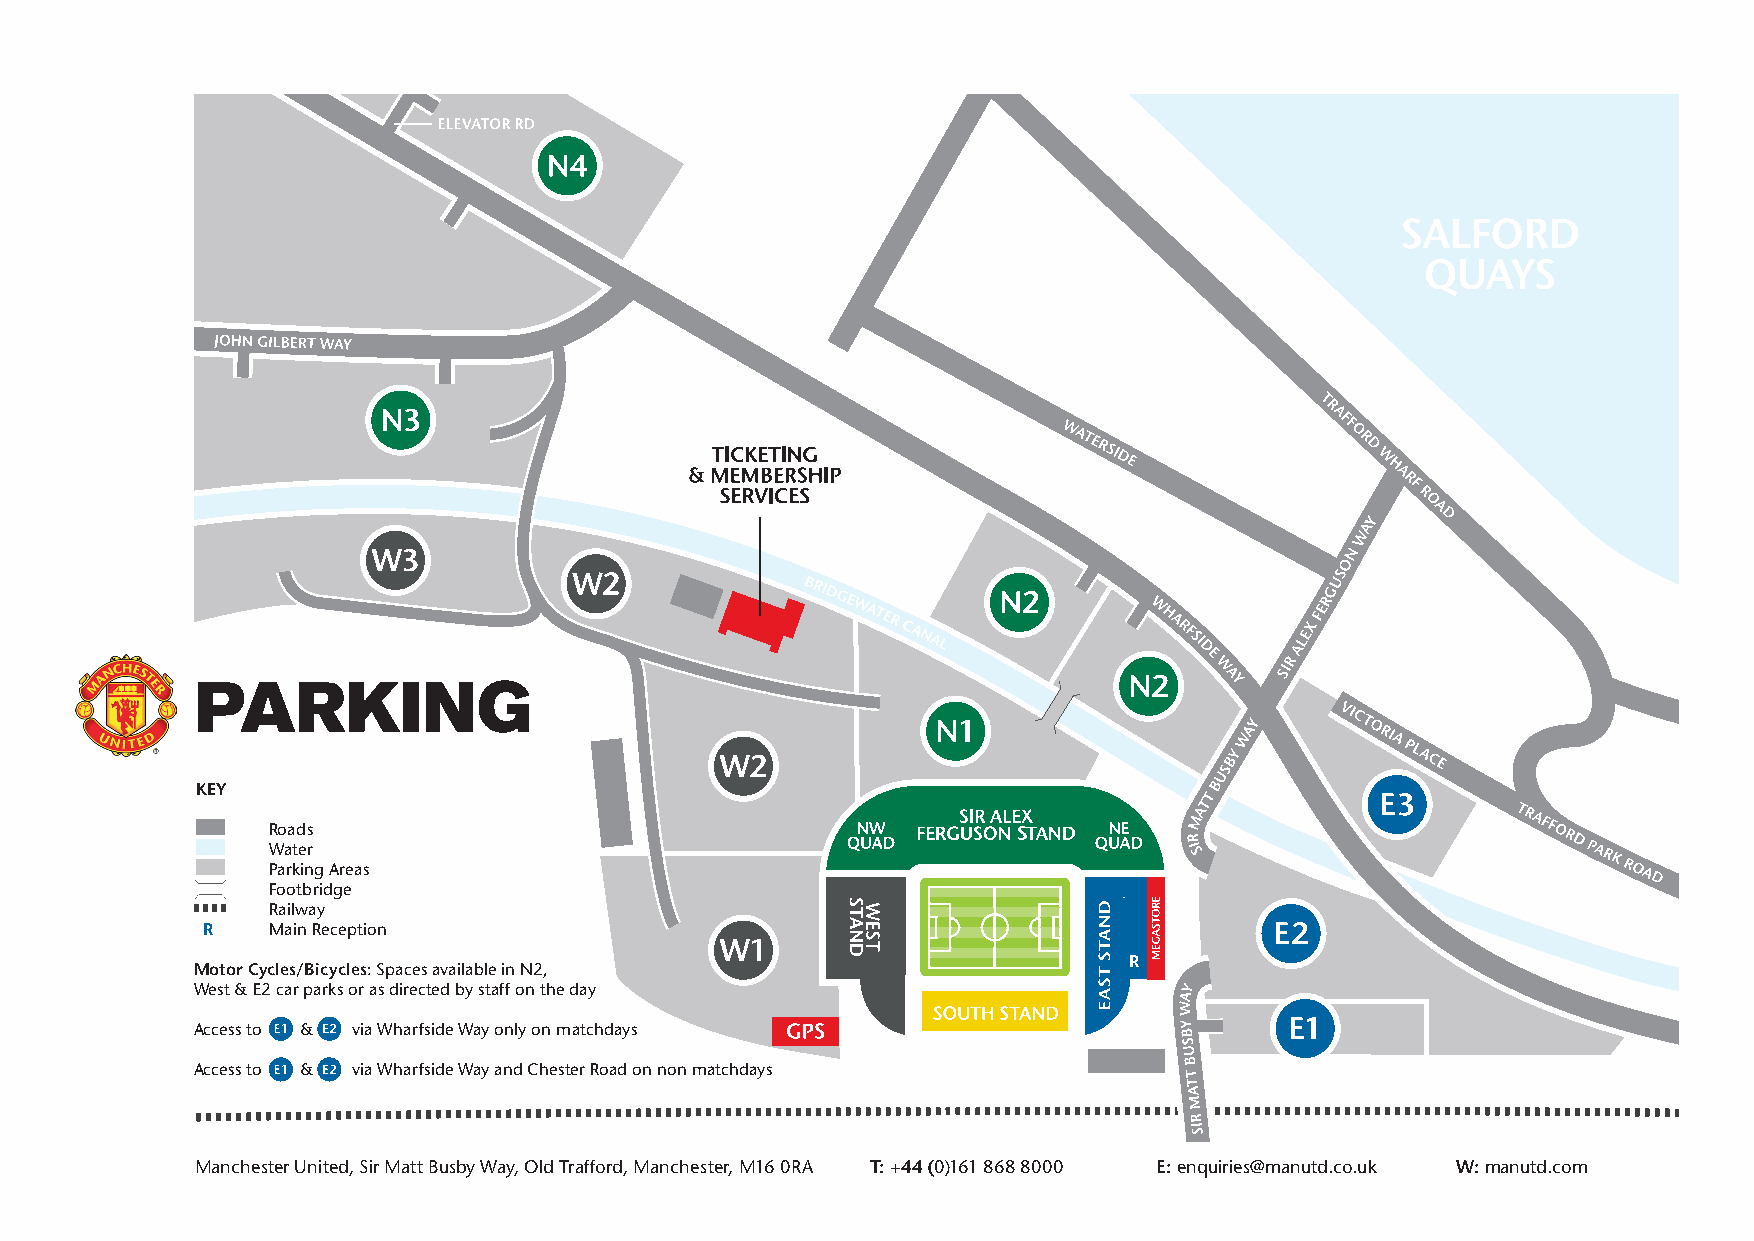
Y
 A
 W
 N
 O
 S
 U
 G
 R
 E
 F
 X
 E
 L
 A
 R
 SI
 PARKING
 KEY
 Roads
 Water
 Parking Areas
 Footbridge
 Railway
 R    Main Reception
 Motor Cycles/Bicycles: Spaces available in N2,
 West & E2 car parks or as directed by staff on the day
 Access to 1 & via Wharfside Way only on matchdays
 Access to 1 & via Wharfside Way and Chester Road on non matchdays
 Manchester United, Sir Matt Busby Way, Old Trafford, Manchester, M16 0RA T: +44 (0)161 868 8000 E: enquiries@manutd.co.uk W: manutd.com